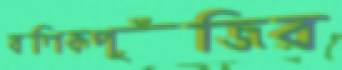
বণিকপুঁজির